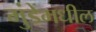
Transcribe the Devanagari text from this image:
मुंडेंमधील